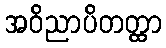
အဝိညာပိတတ္ထာ